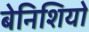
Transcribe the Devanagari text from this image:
बेनिशियो